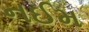
નઈમ